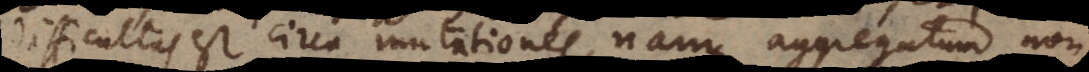
Difficultas est circa mutationes, nam aggregatum non